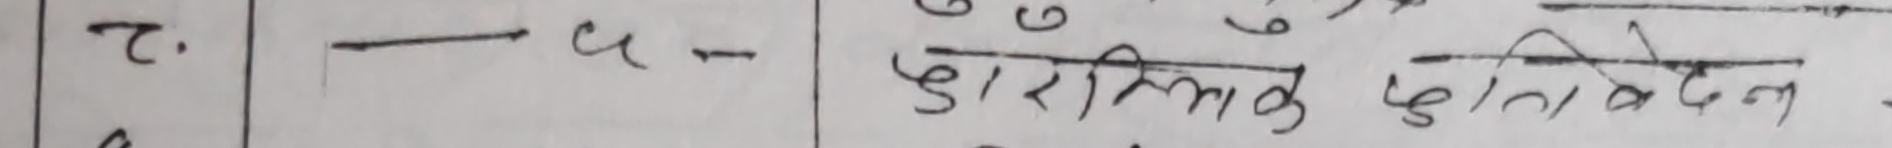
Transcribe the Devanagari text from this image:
२ - ५ - कारणिक प्रतिवेदन